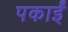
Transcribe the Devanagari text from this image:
पकाईं